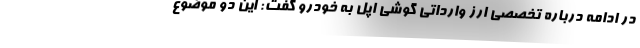
در ادامه درباره تخصصی ارز وارداتی گوشی اپل به خودرو گفت: این دو موضوع